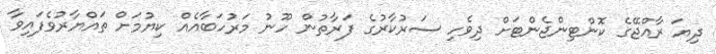
ދިޔަ ރާއްޖޭގެ ކޮންޓިންޖެންޓަށް ދިވެހި ސަރުކާރުގެ ފަރާތުން ހޫނު މަރުހަބާއެއް ކިޔުމަށް ތައްޔާރުވެފައިވާ